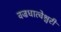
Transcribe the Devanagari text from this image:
वज्रधात्वेश्वरी